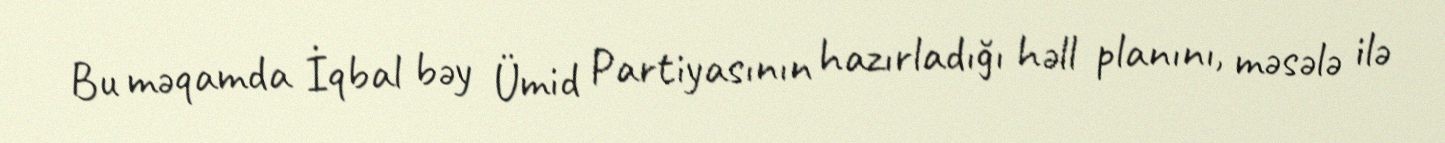
Bu məqamda İqbal bəy Ümid Partiyasının hazırladığı həll planını, məsələ ilə